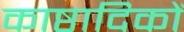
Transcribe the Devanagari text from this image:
काष्ठादिकों